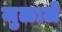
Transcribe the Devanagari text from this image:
जुळाले